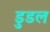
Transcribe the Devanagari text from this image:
डुडल